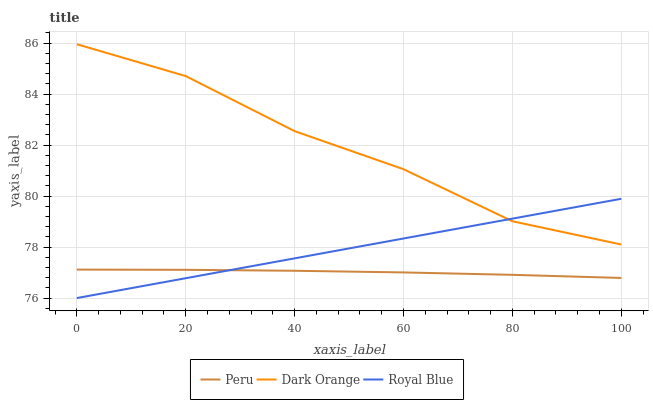
| xaxis_label | Peru | Dark Orange | Royal Blue |
 | --- | --- | --- | --- |
 | 0 | 77.1 | 86 | 76 |
 | 20 | 77.1 | 84.7 | 76.8 |
 | 40 | 77.1 | 82.5 | 77.6 |
 | 60 | 77 | 81.1 | 78.3 |
 | 80 | 76.9 | 79 | 79.1 |
 | 100 | 76.8 | 78.1 | 79.9 |